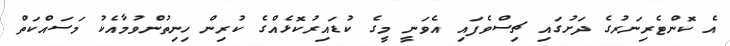
އެ ކޮންޓެރިނަރުގެ ދަށުގައި ޗިސްވެފައި އެވަނީ މީގެ ކުޑައިރުކޮޅެއްގެ ކުރިން ހިނިތުންވުމާއެކު މަސައްކަތް